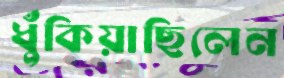
ধুঁকিয়াছিলেন